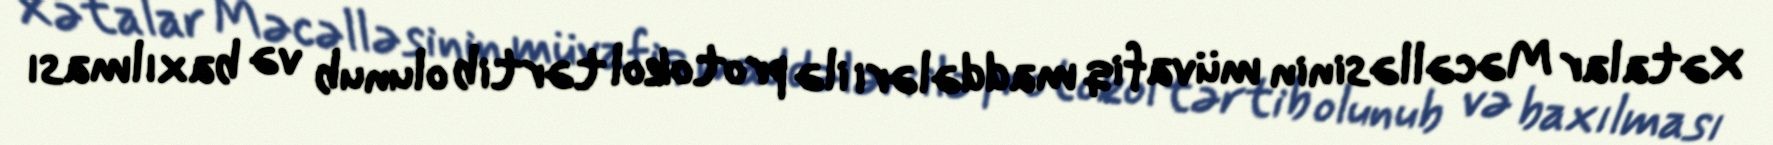
Xətalar Məcəlləsinin müvafiq maddələri ilə protokol tərtib olunub və baxılması